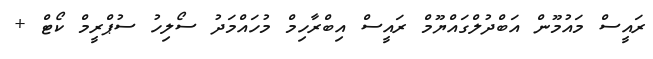
ރައީސް މައުމޫން އަބްދުލްގައްޔޫމް ރައީސް އިބްރާހިމް މުހައްމަދު ސޯލިހު ސުޕްރީމް ކޯޓް +